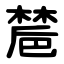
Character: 㯄